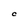
Character: C